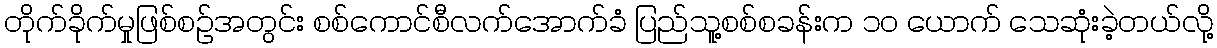
တိုက်ခိုက်မှုဖြစ်စဉ်အတွင်း စစ်ကောင်စီလက်အောက်ခံ ပြည်သူ့စစ်စခန်းက ၁၀ ယောက် သေဆုံးခဲ့တယ်လို့